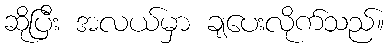
ဆိုပြီး အလယ်မှာ ချပေးလိုက်သည်။